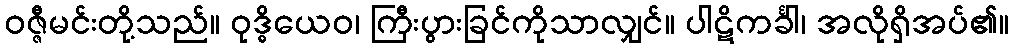
ဝဇ္ဇီမင်းတို့သည်။ ဝုဒ္ဓိယေဝ၊ ကြီးပွားခြင်ကိုသာလျှင်။ ပါဋိကင်္ခါ၊ အလိုရှိအပ်၏။